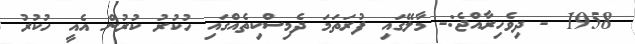
1958 - ދިވެހިރާއްޖެ:- މާލޭގައި ފުރަތަމަ ދެމިސްކިތެއްގައި ހުކުރު ކުރުން އެއީ ހުކުރު